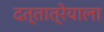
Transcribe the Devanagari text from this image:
दत्तात्रेयाला